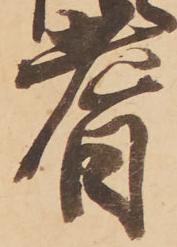
耆